Leaving Certificate, 1896
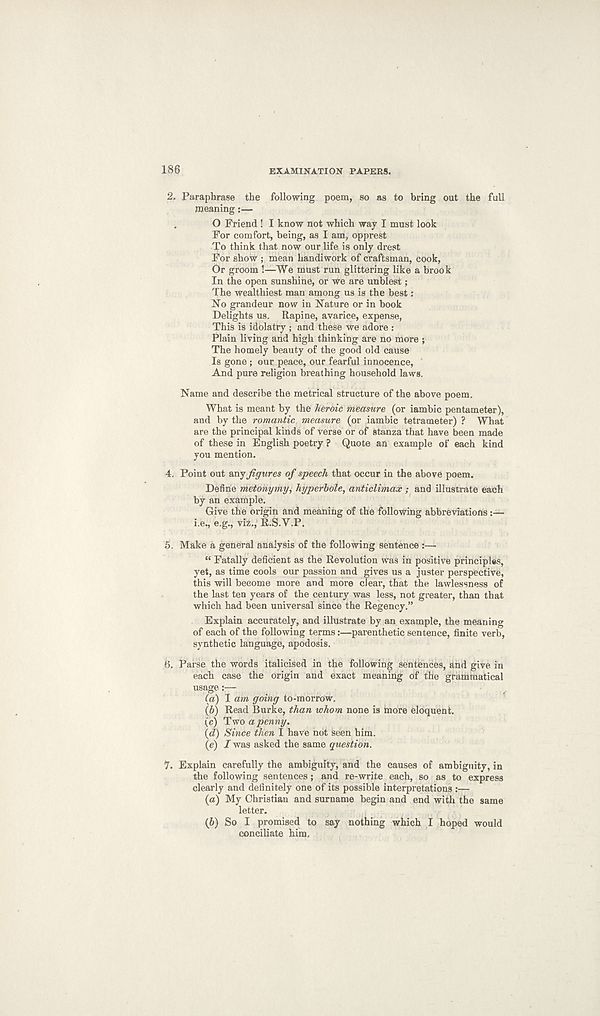
186
EXAMINATION PAPERS.
2, Paraphrase the following poem, so as to bring out the full
meaning:—
O Friend ! I know not which way I must look
For comfort, being, as I am, opprest
To think that now our life is only drest
For show ; mean handiwork of craftsman, cook,
Or groom !—We must run glittering like a brook
In the open sunshine, or we are unblest;
The wealthiest man among us is the best:
No grandeur now in Nature or in book
Delights us. Rapine, avarice, expense,
This is idolatry ; and these we adore :
Plain living and high thinking are no more ;
The homely beauty of the good old cause
Is gone ; our peace, our fearful innocence,
And pure religion breathing household laws.
Name and describe the metrical structure of the above poem.
What is meant by the heroic measure (or iambic pentameter),
and by the romantic measure (or iambic tetrameter) ? What
are the principal kinds of verse or of stanza that have been made
of these in English poetry ? Quote an example of each kind
you mention.
4. Point out any figures of speech that occur in the above poem.
Define metonymy, hyperbole, anticlimax ; and illustrate each
by an example.
Give the origin and meaning of the following abbreviations
i.e., e.g., viz., R.S.V.P.
5. Make a general analysis of the following sentence :—
“ Fatally deficient as the Revolution was in positive principles,
yet, as time cools our passion and gives us a juster perspective,
this will become more and more clear, that the lawlessness of
the last ten years of the century was less, not greater, than that
which had been universal since the Regency.”
Explain accurately, and illustrate by an example, the meaning
of each of the following terms:—parenthetic sentence, finite verb,
synthetic language, apodosis.
6. Parse the words italicised in the following sentences, and give in
each case the origin and exact meaning of the grammatical
usage:—
(а) I am going to-morrow,
(б) Read Burke, than whom none is more eloquent.
(c) Two a penny.
(d) Since then I have not seen him.
(e) I was asked the same question.
7. Explain carefully the ambiguity, and the causes of ambiguity, in
the following sentences; and re-write each, so as to express
clearly and definitely one of its possible interpretations :—
(а) My Christian and surname begin and end with the same
letter.
(б) So I promised to say nothing which I hoped would
conciliate him.